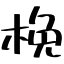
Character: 梚